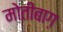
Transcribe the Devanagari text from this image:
मोतीबाग़